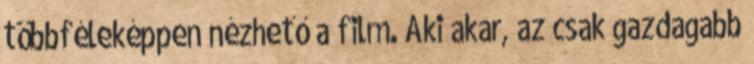
többféleképpen nézhető a film. Aki akar, az csak gazdagabb